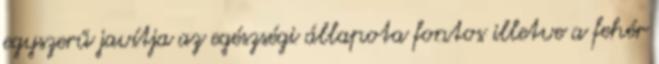
egyszerű javítja az egészségi állapota fontos illetve a fehér